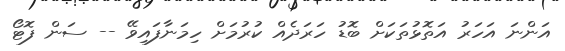
އަންނަ އަހަރު އަތޮޅުތަކަށް ބޮޑު ހަރަދެއް ކުރުމަށް ހިމަނާފައިވޭ -- ސަން ފޮޓޯ